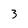
Character: 3